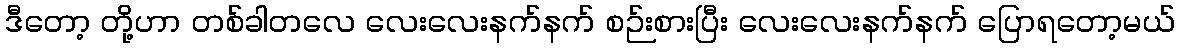
ဒီတော့ တို့ဟာ တစ်ခါတလေ လေးလေးနက်နက် စဉ်းစားပြီး လေးလေးနက်နက် ပြောရတော့မယ်